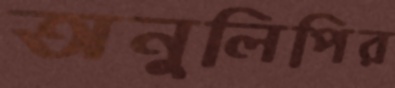
অনুলিপির